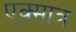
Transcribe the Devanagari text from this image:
एक्मात्र